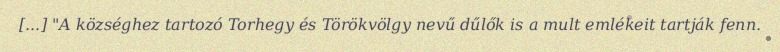
[...] "A községhez tartozó Torhegy és Törökvölgy nevű dűlők is a mult emlékeit tartják fenn.